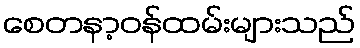
စေတနာ့ဝန်ထမ်းများသည်